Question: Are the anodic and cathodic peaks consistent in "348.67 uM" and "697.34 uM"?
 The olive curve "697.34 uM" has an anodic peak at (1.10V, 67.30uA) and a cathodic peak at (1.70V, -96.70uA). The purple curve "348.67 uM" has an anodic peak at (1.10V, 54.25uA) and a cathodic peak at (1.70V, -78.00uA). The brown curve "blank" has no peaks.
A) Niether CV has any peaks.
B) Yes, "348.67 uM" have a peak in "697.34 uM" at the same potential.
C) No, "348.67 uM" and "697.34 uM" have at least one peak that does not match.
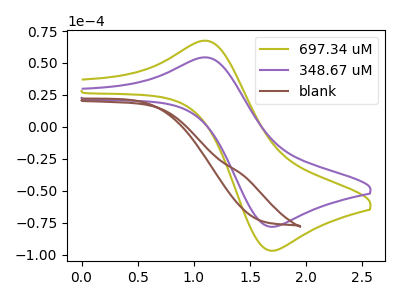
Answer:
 <answer>B) Yes, "348.67 uM" have a peak in "697.34 uM" at the same potential.</answer>
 <eval>B</eval>